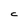
Character: c